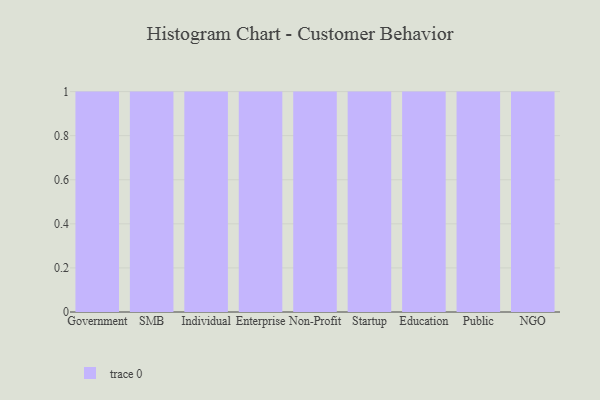
{"axis": {"x": "Segment", "y": "Active Users"}, "legend": [""], "data": [{"x": "Government", "y": 40, "type": ""}, {"x": "SMB", "y": 67, "type": ""}, {"x": "Individual", "y": 44, "type": ""}, {"x": "Enterprise", "y": 59, "type": ""}, {"x": "Non-Profit", "y": 21, "type": ""}, {"x": "Startup", "y": 73, "type": ""}, {"x": "Education", "y": 56, "type": ""}, {"x": "Public", "y": 1, "type": ""}, {"x": "NGO", "y": 37, "type": ""}]}